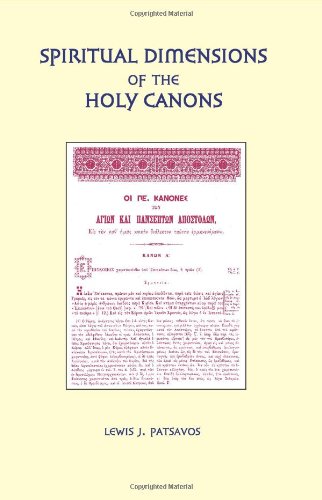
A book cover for Spiritual Dimensions of the Holy Canons; Lewis J. Patsavos; Christian Books & Bibles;